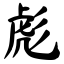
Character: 彪